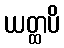
ယတ္ထပိ